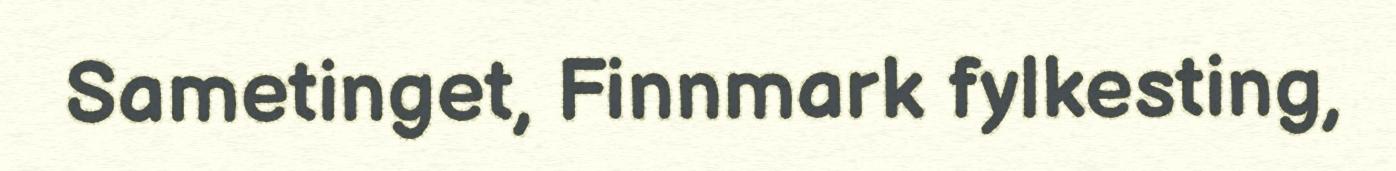
Sametinget, Finnmark fylkesting,